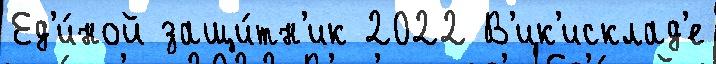
Ед'и́ной защи́тн'ик 2022 В'ик'исклад'е